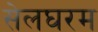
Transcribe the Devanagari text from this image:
सेलघरम